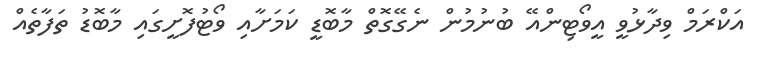
އަކްރަމް ވިދާޅުވީ އީވޯޓިންއޭ ބުނުމުން ނެގޭގޮތް މާބޮޑީ ކަމަށާއި ވޯޓުފޮށީގައި މާބޮޑު ތަފާތެއް